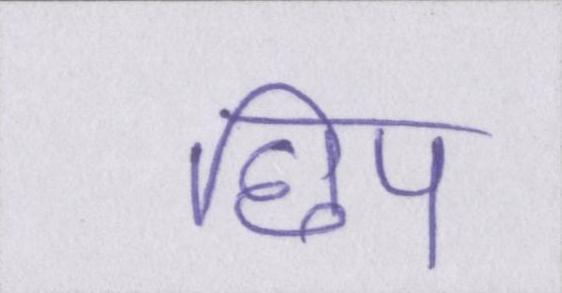
छिप